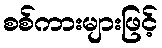
စစ်ကားများဖြင့်